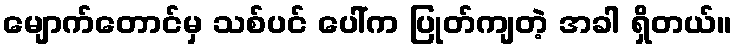
မျောက်တောင်မှ သစ်ပင် ပေါ်က ပြုတ်ကျတဲ့ အခါ ရှိတယ်။